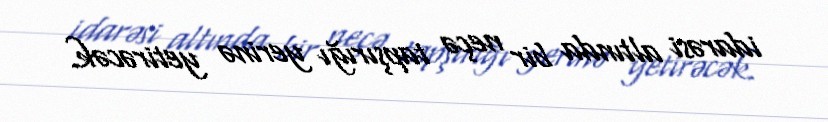
idarəsi altında bir neçə tapşırığı yerinə yetirəcək.